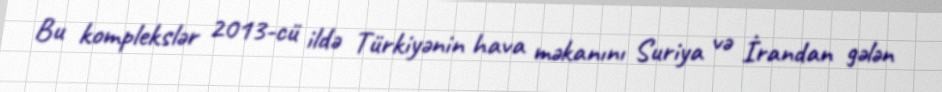
Bu komplekslər 2013-cü ildə Türkiyənin hava məkanını Suriya və İrandan gələn